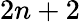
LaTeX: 2n+2